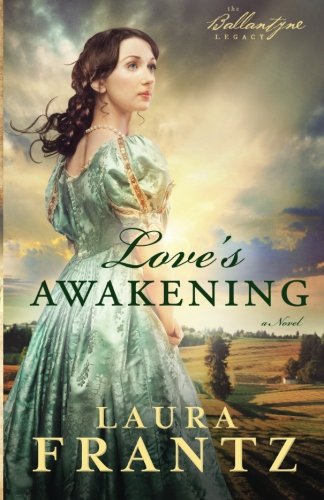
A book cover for Love's Awakening: A Novel (The Ballantyne Legacy) (Volume 2); Laura Frantz; Romance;